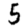
Digit: 5